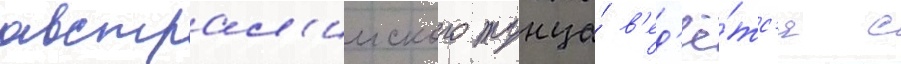
австрал'ииского тунца́ в'ед'ё́тс'я с